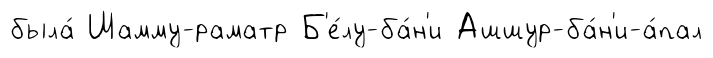
была́ Шамму-раматр Б'е́лу-ба́н'и Ашшур-ба́н'и-а́пал